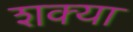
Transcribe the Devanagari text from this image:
शक्या